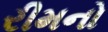
રીમનો